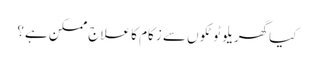
کیا گھریلو ٹوٹکوں سے زکام کا علاج ممکن ہے؟